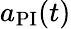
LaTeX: a_{\mathrm{PI}}(t)